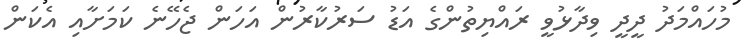
މުހައްމަދު ދީދީ ވިދާޅުވީ ރައްޔިތުންގެ އަޑު ސަރުކާރުން އަހަން ޖެހޭނެ ކަމަށާއި އެކަން